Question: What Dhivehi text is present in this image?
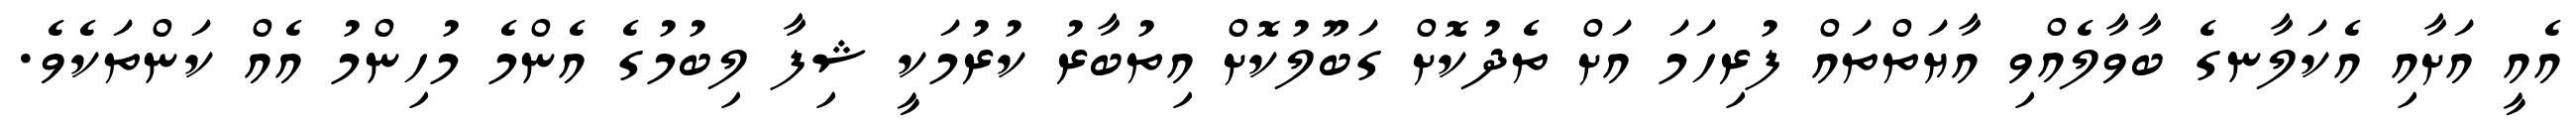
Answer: އެއީ އަށާއި އެކަލާނގެ ބާވާލެއްވި އާޔަތްތައް ފުރިހަމަ އަށް ތެދުކޮށް ގަބޫލުކޮށް އިތުބާރު ކުރުމަކީ ޝިފާ ލިބުމުގެ އެންމެ މުހިންމު އެއް ކަންތަކެވެ.